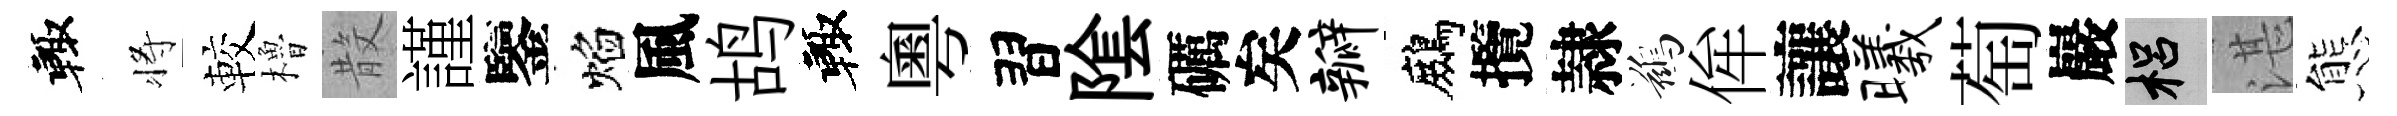
輙将較櫓𣪚謹鑒焰風鸪輙粵習隂礪矣瓣鷓攬隷鷀侔讓曦萄巖梠湛態